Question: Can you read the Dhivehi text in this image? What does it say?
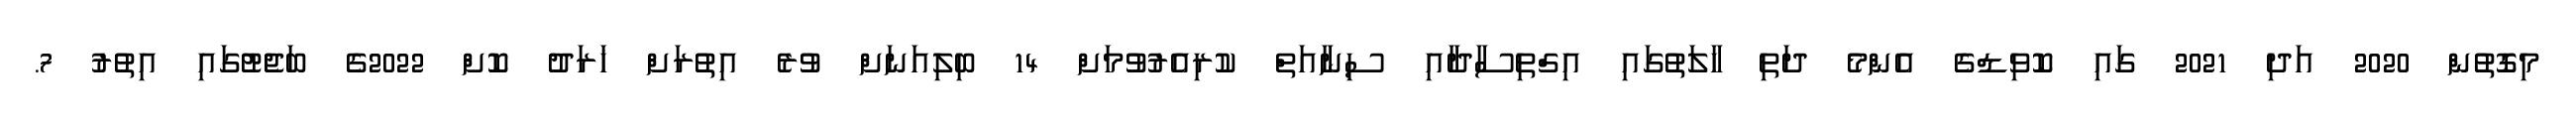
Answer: މިގޮތުން 2020 އަދި 2021 ގައި ކޮވިޑްގެ އެންމެ ދަތި ހާލަތުގައި އިގްތިސާދާއި ސިނާއަތް ކުރިއެރުވުމަށް 14 ބިލިއަނަށް ވުރެ އިތުރަށް ޚަރަދު ކޮށް 2022ގެ ބަޖެޓުގައި އިތުރު 7.